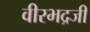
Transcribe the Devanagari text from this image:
वीरभद्रजी